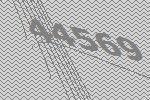
44569